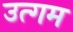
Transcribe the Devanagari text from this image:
उत्गम